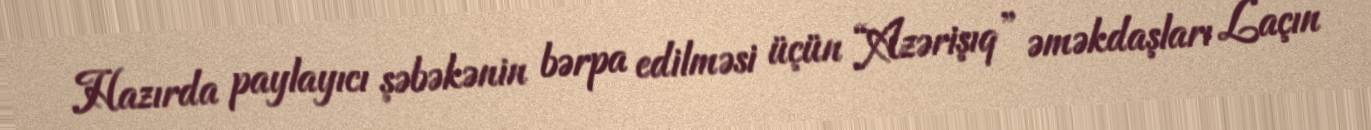
Hazırda paylayıcı şəbəkənin bərpa edilməsi üçün “Azərişıq” əməkdaşları Laçın